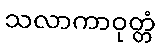
သလာကာဝုတ္တံ